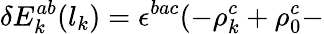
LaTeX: \delta E_{k}^{ab}(l_{k})=\epsilon^{bac}(-\rho_{k}^{c}+\rho_{0}^{c}-